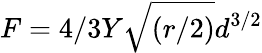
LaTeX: F=4/3Y\sqrt{(r/2)}d^{3/2}